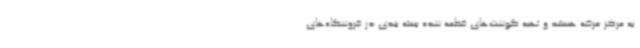
به مرکز عرضه هستند و تهیه گوشت‌های قطعه شده بسته بندی در فروشگاه‌های